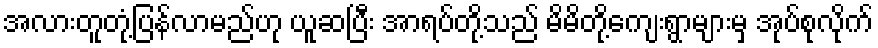
အလားတူတုံ့ပြန်လာမည်ဟု ယူဆပြီး အာရပ်တို့သည် မိမိတို့ကျေးရွာများမှ အုပ်စုလိုက်